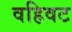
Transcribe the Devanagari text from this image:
वहिवट